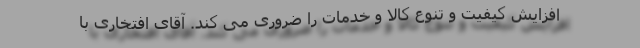
افزایش کیفیت و تنوع کالا و خدمات را ضروری می کند. آقای افتخاری با